Rangoon Lunatic Asylum 1893-1897 - 1893-1897
Year: 1893
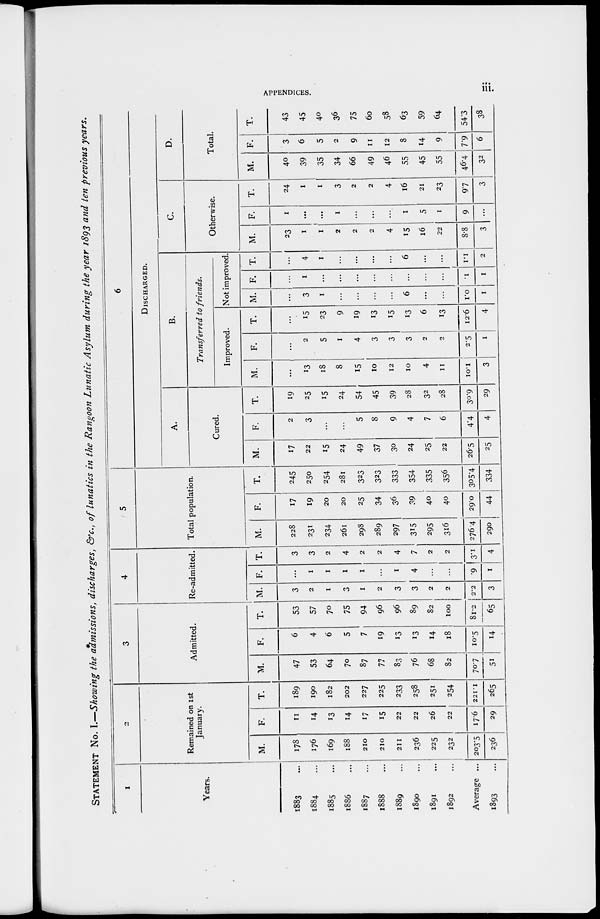
APPENDICES.
iii.
STATEMENT No. I.—Showing the admissions, discharges, &c., of lunatics in the Rangoon Lunatic Asylum during the year 1893 and ten previous years.
1
Years.
1883 ...
1884 ...
1885 ...
1886 ...
1887 ...
1888 ...
1889 ...
1890 ...
1891 ...
1892 ...
Average ...
1893 ...
2
Remained on 1st
January.
M.
178
176
169
188
210
210
211
236
225
232
203.5
236
F.
11
14
13
14
17
15
22
22
26
22
17.6
29
T.
189
190
182
202
227
225
233
258
251
254
221.1
265
3
Admitted.
M.
47
53
64
70
87
77
83
76
68
82
70.7
51
F.
6
4
6
5
7
19
13
13
14
18
10.5
14
T.
53
57
70
75
94
96
96
89
82
100
81.2
65
4
Re-admitted.
M.
3
2
1
3
1
2
3
3
2
2
2.2
3
F.
...
1
1
1
1
...
1
4
...
...
.9
1
T.
3
3
2
4
2
2
4
7
2
2
3.1
4
5
Total population.
M.
228
231
234
261
298
289
297
315
295
316
276.4
290
F.
17
19
20
20
25
34
36
39
40
40
29.0
44
T.
245
250
254
281
323
323
333
354
335
356
305.4
334
6
DISCHARGED.
A.
Cured.
M.
17
22
15
24
49
37
30
24
25
22
26.5
25
F.
2
3
...
...
5
8
9
4
7
6
4.4
4
T.
19
25
15
24
54
45
39
28
32
28
30.9
29
B.
Transferred
to friends.
Improved.
M.
...
13
18
8
15
10
12
10
4
11
10.1
3
F.
...
2
5
1
4
3
3
3
2
2
2.5
1
T.
...
15
23
9
19
13
15
13
6
13
12.6
4
Not improved.
M.
...
3
1
...
...
...
...
6
...
...
1.0
1
F.
...
1
...
...
...
...
...
...
...
...
.1
1
T.
...
4
1
...
...
...
...
6
...
...
1.1
2
C.
Otherwise.
M.
23
1
1
2
2
2
4
15
16
22
8.8
3
F.
1
...
...
1
...
...
...
1
5
1
9
...
T.
24
1
1
3
2
2
4
16
21
23
9.7
3
D.
Total.
M.
40
39
35
34
66
49
46
55
45
55
46.4
32
F.
3
6
5
2
9
11
12
8
14
9
7.9
6
T.
43
45
40
36
75
60
58
63
59
64
54.3
38